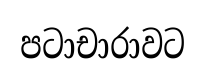
පටාචාරාවට